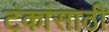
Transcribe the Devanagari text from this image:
टंकांसाठी